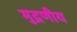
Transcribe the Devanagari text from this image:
मुद्रणीय